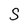
Character: S